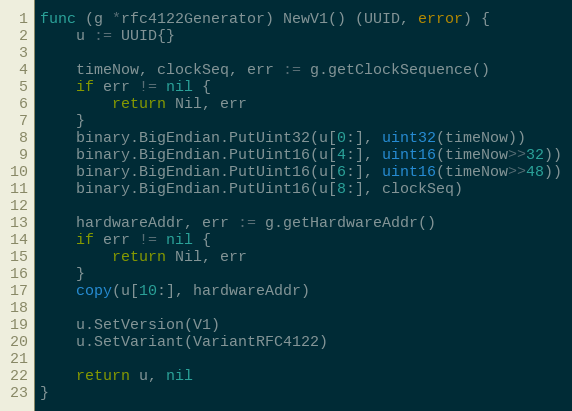
Language: Go
func (g *rfc4122Generator) NewV1() (UUID, error) {
	u := UUID{}

	timeNow, clockSeq, err := g.getClockSequence()
	if err != nil {
		return Nil, err
	}
	binary.BigEndian.PutUint32(u[0:], uint32(timeNow))
	binary.BigEndian.PutUint16(u[4:], uint16(timeNow>>32))
	binary.BigEndian.PutUint16(u[6:], uint16(timeNow>>48))
	binary.BigEndian.PutUint16(u[8:], clockSeq)

	hardwareAddr, err := g.getHardwareAddr()
	if err != nil {
		return Nil, err
	}
	copy(u[10:], hardwareAddr)

	u.SetVersion(V1)
	u.SetVariant(VariantRFC4122)

	return u, nil
}